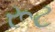
રૂટ